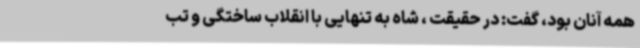
همه آنان بود، گفت: در حقیقت ، شاه به تنهایی با انقلاب ساختگی و تب